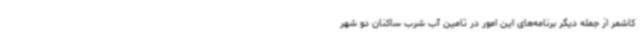
کاشمر از جمله دیگر برنامه‌های این امور در تامین آب شرب ساکنان دو شهر